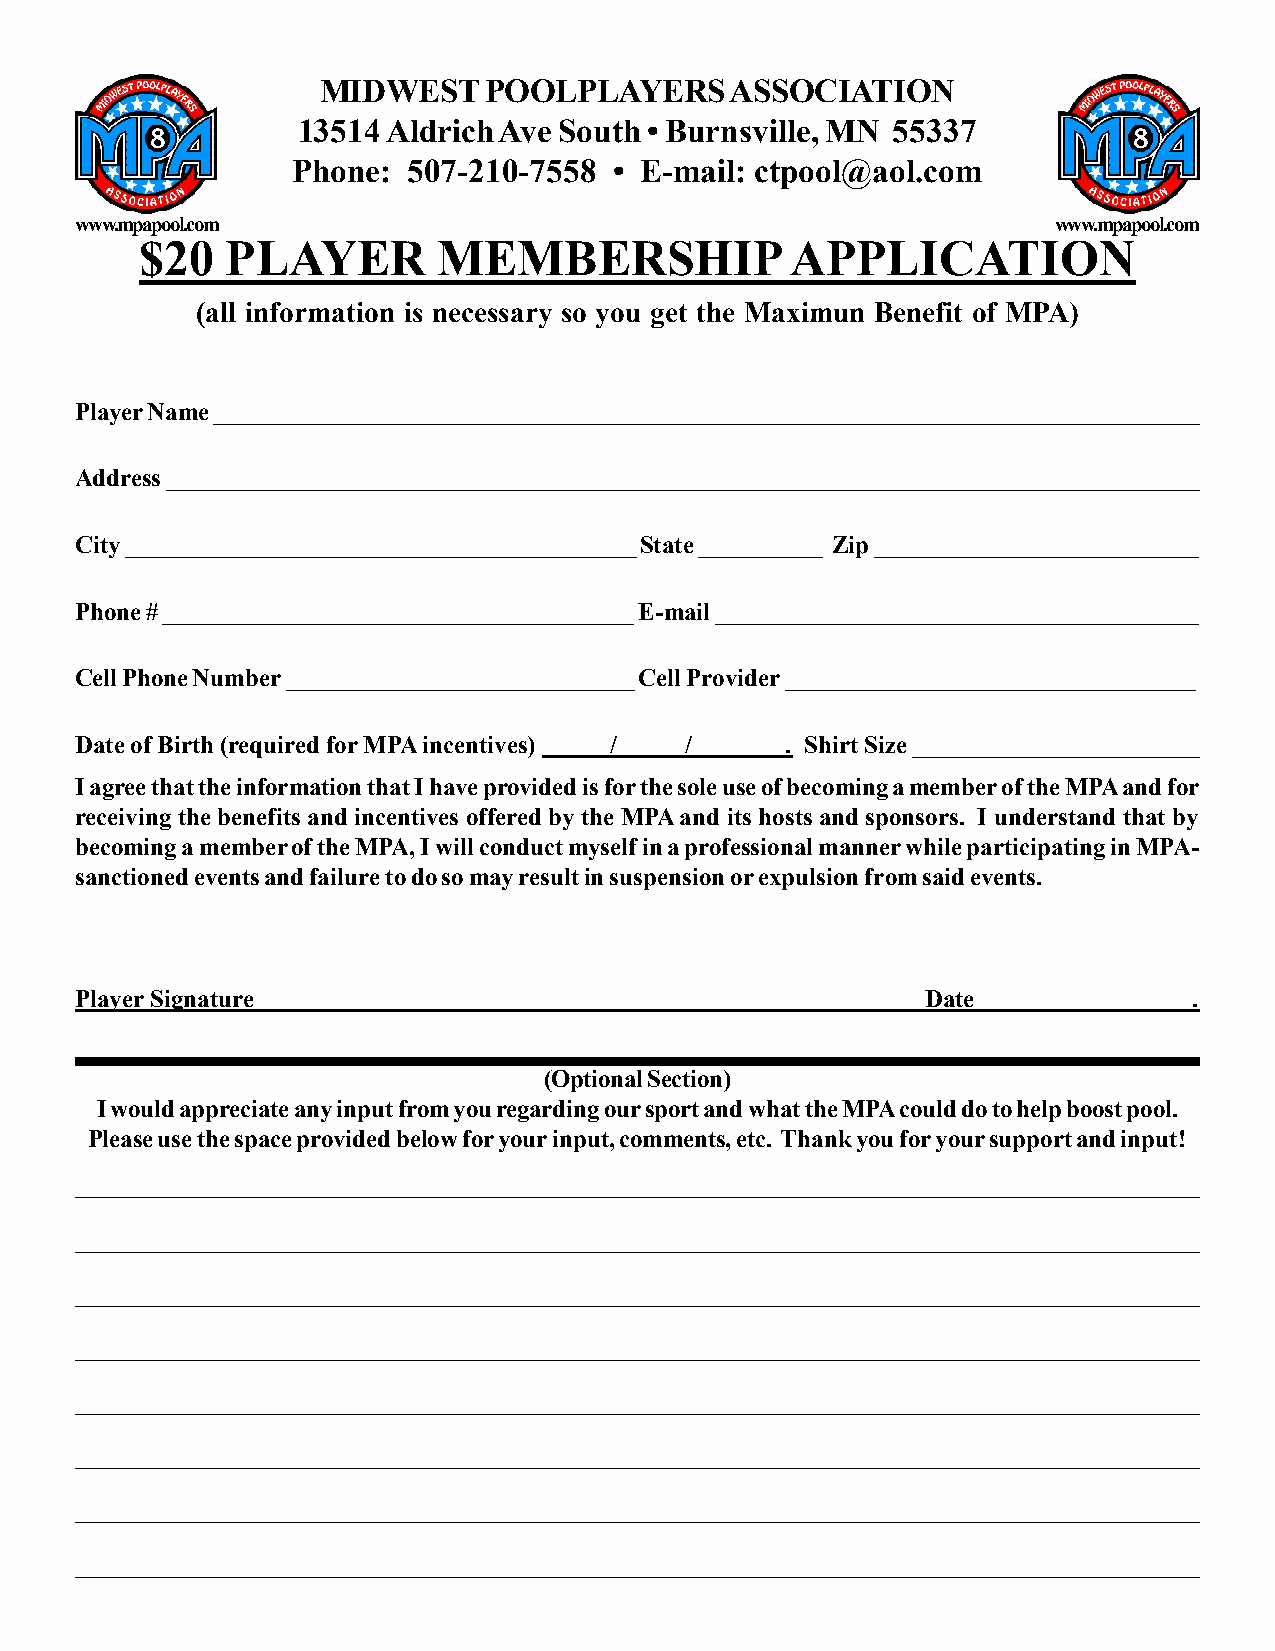
MIDWEST    POOLPLAYERS     ASSOCIATION
 13514 Aldrich Ave South • Burnsville, MN 55337
 Phone:  507-210-7558  • E-mail: ctpool@aol.com
 www.mpapool.com                                                  www.mpapool.com
 $20   PLAYER        MEMBERSHIP             APPLICATION
 (all information is necessary so you get the Maximun Benefit of MPA)
 Player Name ________________________________________________________________________________
 Address ____________________________________________________________________________________
 City _________________________________________ State __________ Zip __________________________
 Phone # ______________________________________ E-mail _______________________________________
 Cell Phone Number ____________________________ Cell Provider _________________________________
 Date of Birth (required for MPA incentives) / / . Shirt Size _______________________
 I agree that the information that I have provided is for the sole use of becoming a member of the MPA and for
 receiving the benefits and incentives offered by the MPA and its hosts and sponsors. I understand that by
 becoming a member of the MPA, I will conduct myself in a professional manner while participating in MPA-
 sanctioned events and failure to do so may result in suspension or expulsion from said events.
 Player Signature                                        Date              .
 (Optional Section)
 I would appreciate any input from you regarding our sport and what the MPA could do to help boost pool.
 Please use the space provided below for your input, comments, etc. Thank you for your support and input!
 ___________________________________________________________________________________________
 _____________________________________________________________________________________________
 ___________________________________________________________________________________________
 _____________________________________________________________________________________________
 ___________________________________________________________________________________________
 _____________________________________________________________________________________________
 ___________________________________________________________________________________________
 _____________________________________________________________________________________________